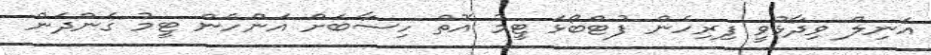
އަނިލް ވިދާޅުވީ ފިރިހެން ފުޓްބޯޅަ ޓީމު އޮތް ހިސާބަށް އަންހެން ޓީމު ގެންދަން